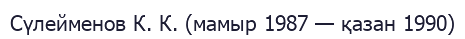
Сүлейменов К. К. (мамыр 1987 — қазан 1990)